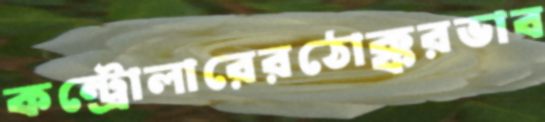
কন্ট্রোলারেরঠোক্করভাব